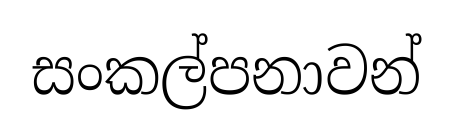
සංකල්පනාවන්